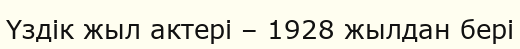
Үздік жыл актері – 1928 жылдан бері